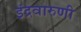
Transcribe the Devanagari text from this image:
इंद्रवारुणी